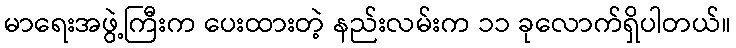
မာရေးအဖွဲ့ကြီးက ပေးထားတဲ့ နည်းလမ်းက ၁၁ ခုလောက်ရှိပါတယ်။